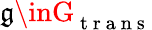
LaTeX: \mathfrak{g}\inG_{\mathrm{{~t~r~a~n~s~}}}